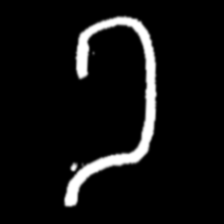
Pyu character \u2014 Myanmar letter: ခ (romanized: kha)